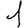
Digit: 1